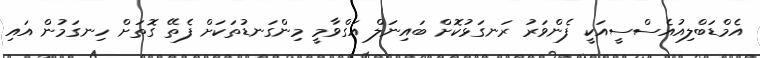
އެމްޑަބްލިއުއެސްސީއަކީ ފެންވަރު ރަނގަޅުކޮށް ބައިނަލް އަގްވާމީ މިންގަނޑުތަކަށް ފެތޭ ގޮތަށް ހިނގަމުން އައި